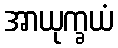
အာယုက္ခယံ